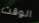
الوقت